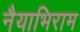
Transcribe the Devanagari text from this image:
नैयाभिराम